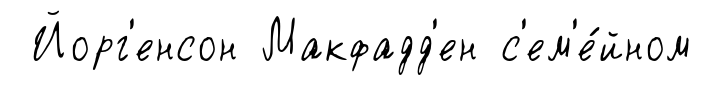
Йорг'енсон Макфадд'ен с'ем'е́йном